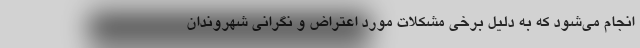
انجام می‌شود که به دلیل برخی مشکلات مورد اعتراض و نگرانی شهروندان